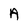
Character: A